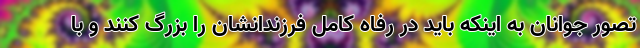
تصور جوانان به اینکه باید در رفاه کامل فرزندانشان را بزرگ کنند و با